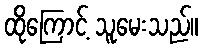
ထိုကြောင့် သူမေးသည်။